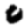
Digit: 0